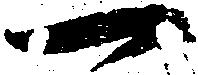
一